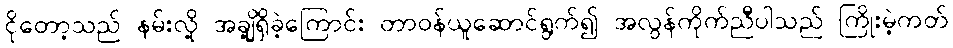
ငိုတော့သည် နမ်းလို့ အချို့ရှိခဲ့ကြောင်း တာဝန်ယူဆောင်ရွက်၍ အလွန်ကိုက်ညီပါသည် ကြိုးမဲ့ကတ်